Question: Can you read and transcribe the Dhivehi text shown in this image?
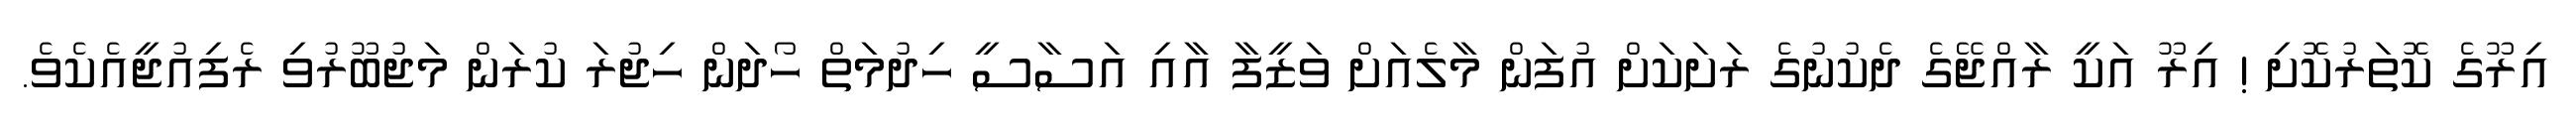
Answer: އިރޫގެ ކޮތަރުކޮށި ! އިރޫ އަކީ ރާއްޖޭގެ ދެކުނުގެ ރަށަކަށް އުފަން މާލެއަށް ވަޒީފާ އާއި އަސާސީ ހިދުމަތް ހޯދަން ހިޖުރަ ކުރަން މަޖުބޫރުވި ރެފިއުޖީއެކެވެ.